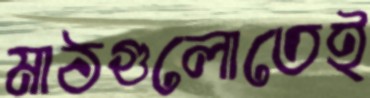
মাঠগুলোতেই